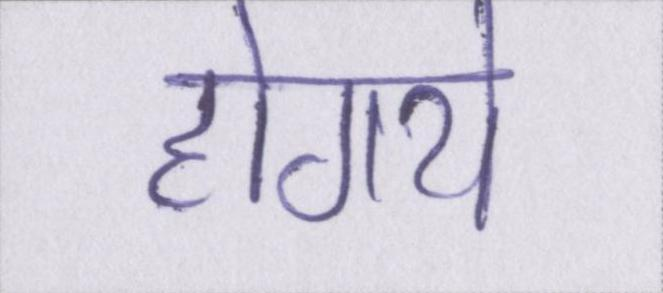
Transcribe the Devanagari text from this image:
होगये